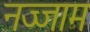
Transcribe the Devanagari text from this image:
नज्जाम